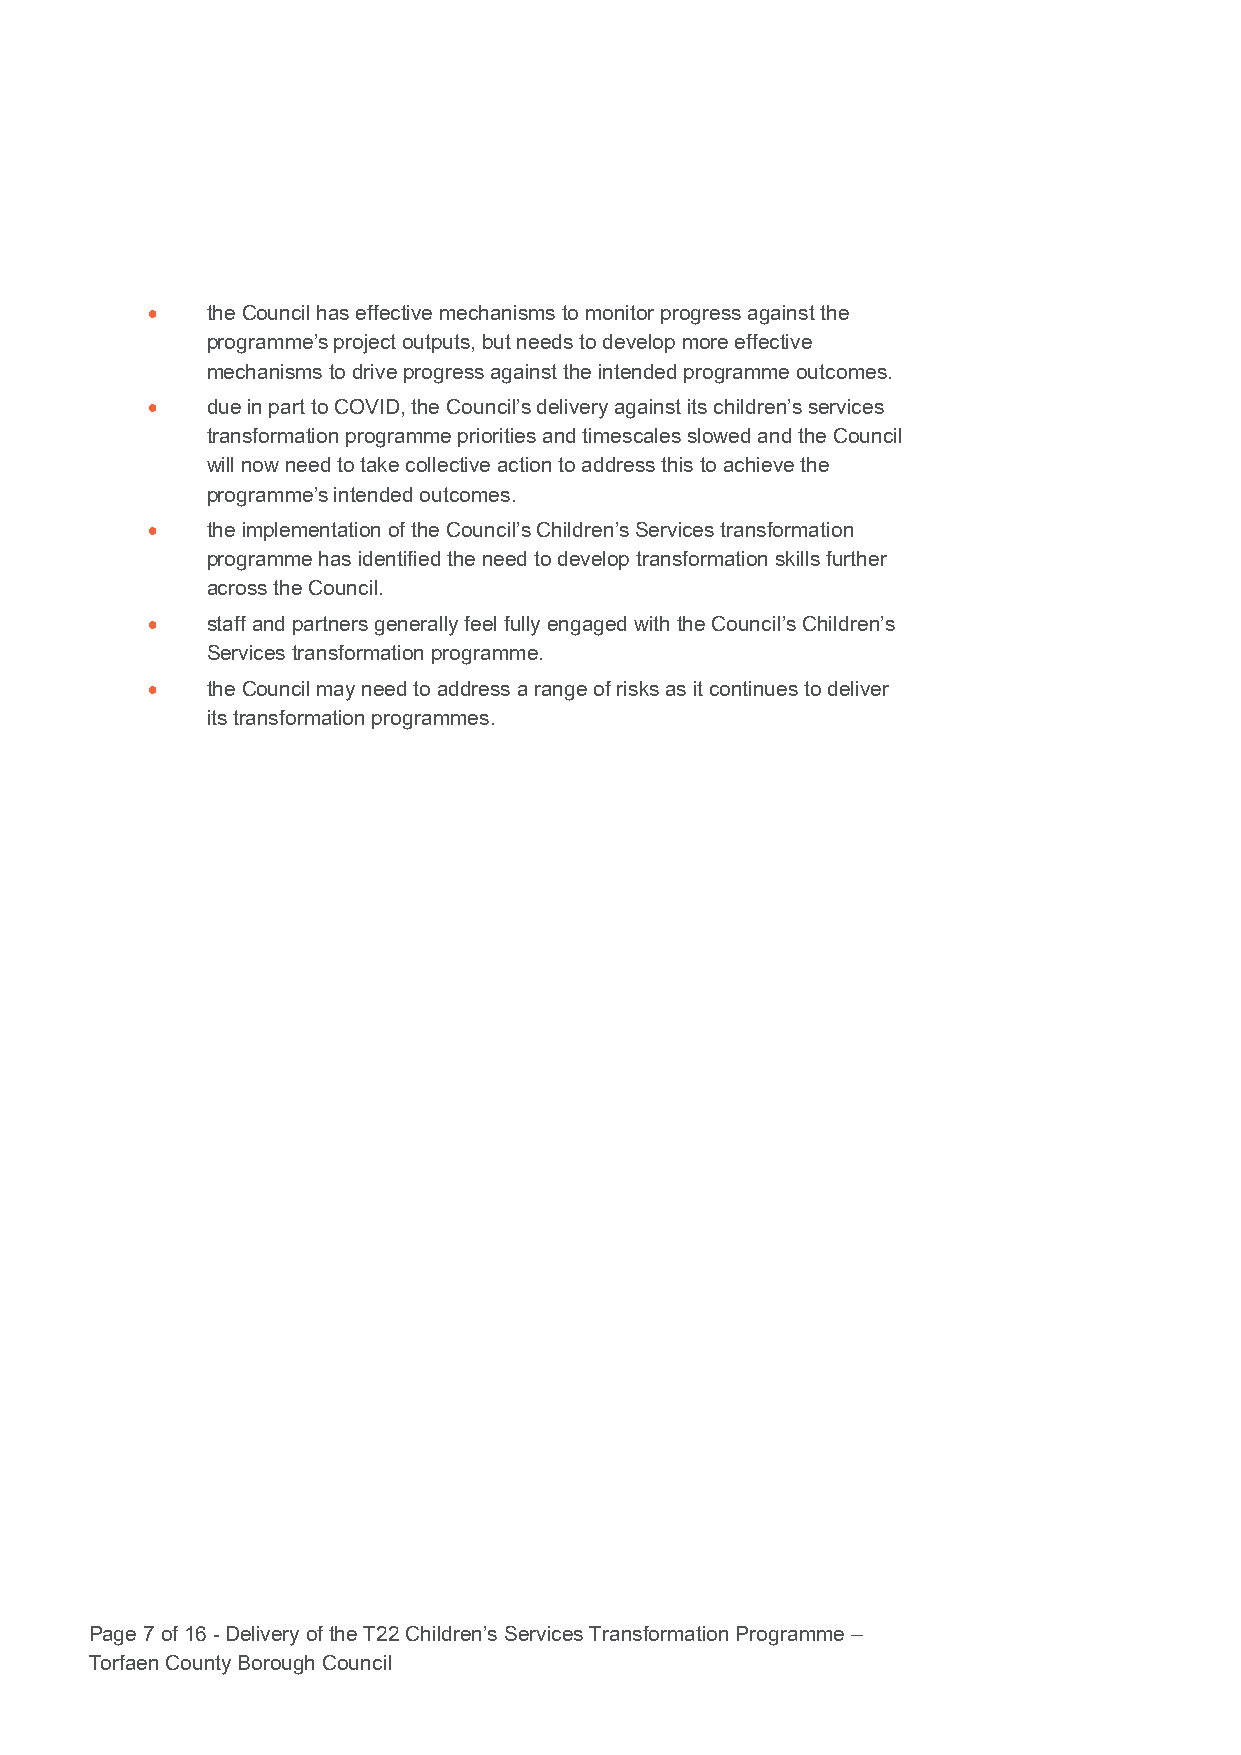
•   the Council has effective mechanisms to monitor progress against the
 programme’s project outputs, but needs to develop more effective
 mechanisms to drive progress against the intended programme outcomes.
 •   due in part to COVID, the Council’s delivery against its children’s services
 transformation programme priorities and timescales slowed and the Council
 will now need to take collective action to address this to achieve the
 programme’s intended outcomes.
 •   the implementation of the Council’s Children’s Services transformation
 programme has identified the need to develop transformation skills further
 across the Council.
 •   staff and partners generally feel fully engaged with the Council’s Children’s
 Services transformation programme.
 •   the Council may need to address a range of risks as it continues to deliver
 its transformation programmes.
 Page 7 of 16 - Delivery of the T22 Children’s Services Transformation Programme –
 Torfaen County Borough Council